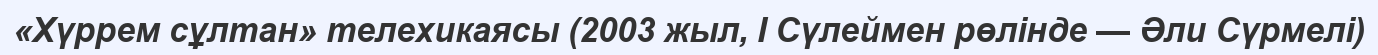
«Хүррем сұлтан» телехикаясы (2003 жыл, I Сүлеймен рөлінде — Әли Сүрмелі)